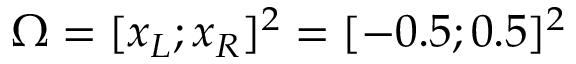
\Omega = [ x _ { L } ; x _ { R } ] ^ { 2 } = [ - 0 . 5 ; 0 . 5 ] ^ { 2 }